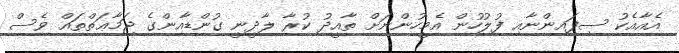
އެއާއެކު ސިފައިންނާއި ފުލުހުން އެމީހުންނަށް ތާއީދު ކުރާ ލާދީނީ ގުންޑާއިންގެ ޖަމާޢަތްތައް ވެސް